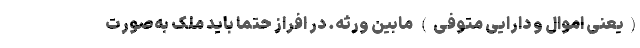
(یعنی اموال و دارایی متوفی) مابین ورثه. در افراز حتما باید ملک به‌صورت